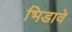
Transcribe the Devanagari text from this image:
भिडावे